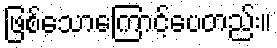
ဖြစ်သောကြောင့်ပေတည်း။